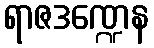
ရာဇဒဏ္ဍေန